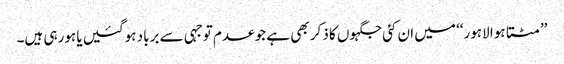
’’مٹتا ہوا لاہور‘‘ میں ان کئی جگہوں کا ذکر بھی ہے جو عدم توجہی سے برباد ہوگئیں یا ہورہی ہیں۔